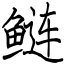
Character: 鲢